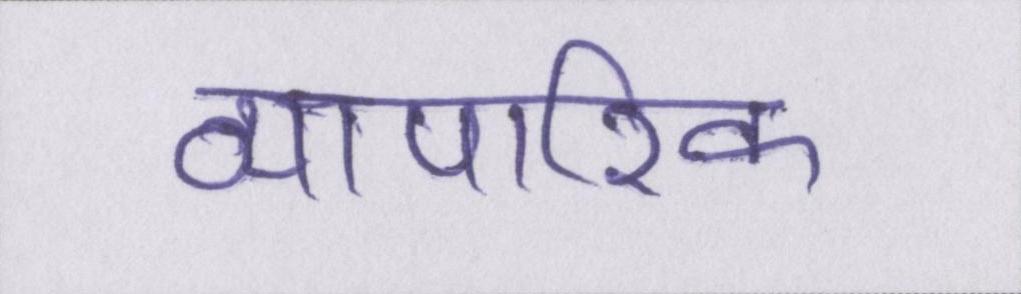
व्यापारिक